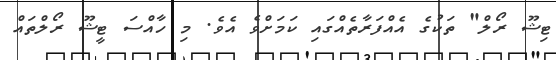
ޓިޝޫ ރޯލް" ތަކުގެ އެއްފަރާތެއްގައި ކަމަށްވެ އެވެ. މި ހާއްސަ ޓީޝޫ ރޯލްތައް